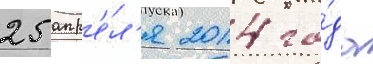
25 апр'е́л'я 2014 го́да